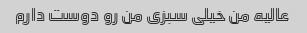
عالیه من خیلی سبزی من رو دوست دارم